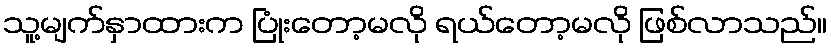
သူ့မျက်နှာထားက ပြုံးတော့မလို ရယ်တော့မလို ဖြစ်လာသည်။